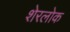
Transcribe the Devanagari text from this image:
शेरलोक